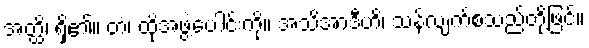
အတ္ထိ၊ ရှိ၏။ တံ၊ ထိုအဖွဲ့ပေါင်းကို။ အသိအာဒီဟိ၊ သန်လျက်စသည်တို့ဖြင့်။